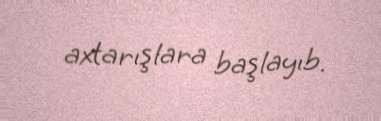
axtarışlara başlayıb.